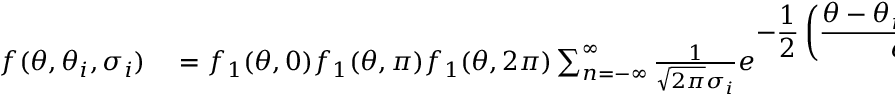
\begin{array} { r l } { f ( \theta , \theta _ { i } , \sigma _ { i } ) } & { { } = f _ { 1 } ( \theta , 0 ) f _ { 1 } ( \theta , \pi ) f _ { 1 } ( \theta , 2 \pi ) \sum _ { n = - \infty } ^ { \infty } \frac { 1 } { \sqrt { 2 \pi } \sigma _ { i } } e ^ { \displaystyle - \frac { 1 } { 2 } \left( \frac { \theta - \theta _ { i } - 2 \pi n } { \sigma _ { i } } \right) ^ { 2 } } } \end{array}